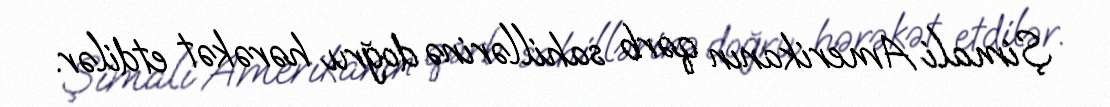
Şimali Amerikanın qərb sahillərinə doğru hərəkət etdilər.